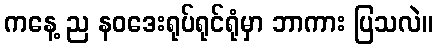
ကနေ့ ည နဝဒေးရုပ်ရုင်ရုံမှာ ဘာကား ပြသလဲ။